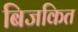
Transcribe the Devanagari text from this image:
बिजकित